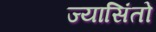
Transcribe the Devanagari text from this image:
ज्यासिंतो